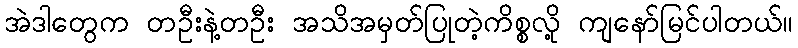
အဲဒါတွေက တဦးနဲ့တဦး အသိအမှတ်ပြုတဲ့ကိစ္စလို့ ကျနော်မြင်ပါတယ်။